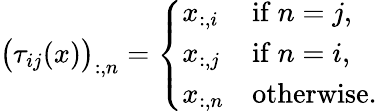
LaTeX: \begin{array}{r}{\big(\tau_{ij}(x)\big)_{:,n}=\left\{ \begin{array}{ll}{x_{:,i}}&{\mathrm{if}~n=j,}\\ {x_{:,j}}&{\mathrm{if}~n=i,}\\ {x_{:,n}}&{\mathrm{otherwise}.}\end{array}\right.}\end{array}